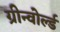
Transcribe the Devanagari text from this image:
ग्रीन्वोर्ल्ड